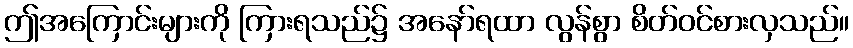
ဤအကြောင်းများကို ကြားရသည်၌ အနော်ရထာ လွန်စွာ စိတ်ဝင်စားလှသည်။